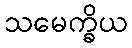
သမေက္ခိယ